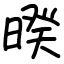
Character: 暌